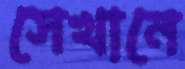
সেখানে